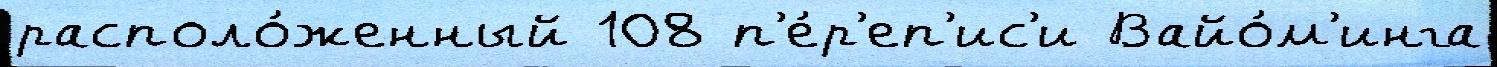
располо́женный 108 п'е́р'еп'ис'и Вайо́м'инга